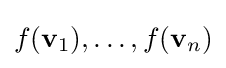
f(\mathbf {v} _{1}),\ldots ,f(\mathbf {v} _{n})